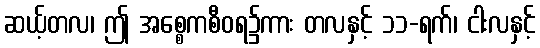
ဆယ့်တလ၊ ဤ အစ္စေကစီဝရ၌ကား တလနှင့် ၁၁-ရက်၊ ငါးလနှင့်